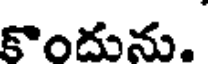
కొందును.